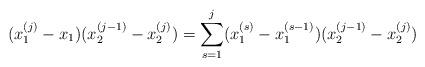
LaTeX: \begin{align*}(x_1^{(j)}-x_1)(x_2^{(j-1)}-x_2^{(j)})=\sum_{s=1}^{j}(x_1^{(s)}-x_1^{(s-1)})(x_2^{(j-1)}-x_2^{(j)})\end{align*}